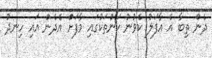
ދެން ތިބާ އެ އާފަލު ކެވުނު ކަންތަކުގައި މާފަށް އެދެން އައި ހިނދު